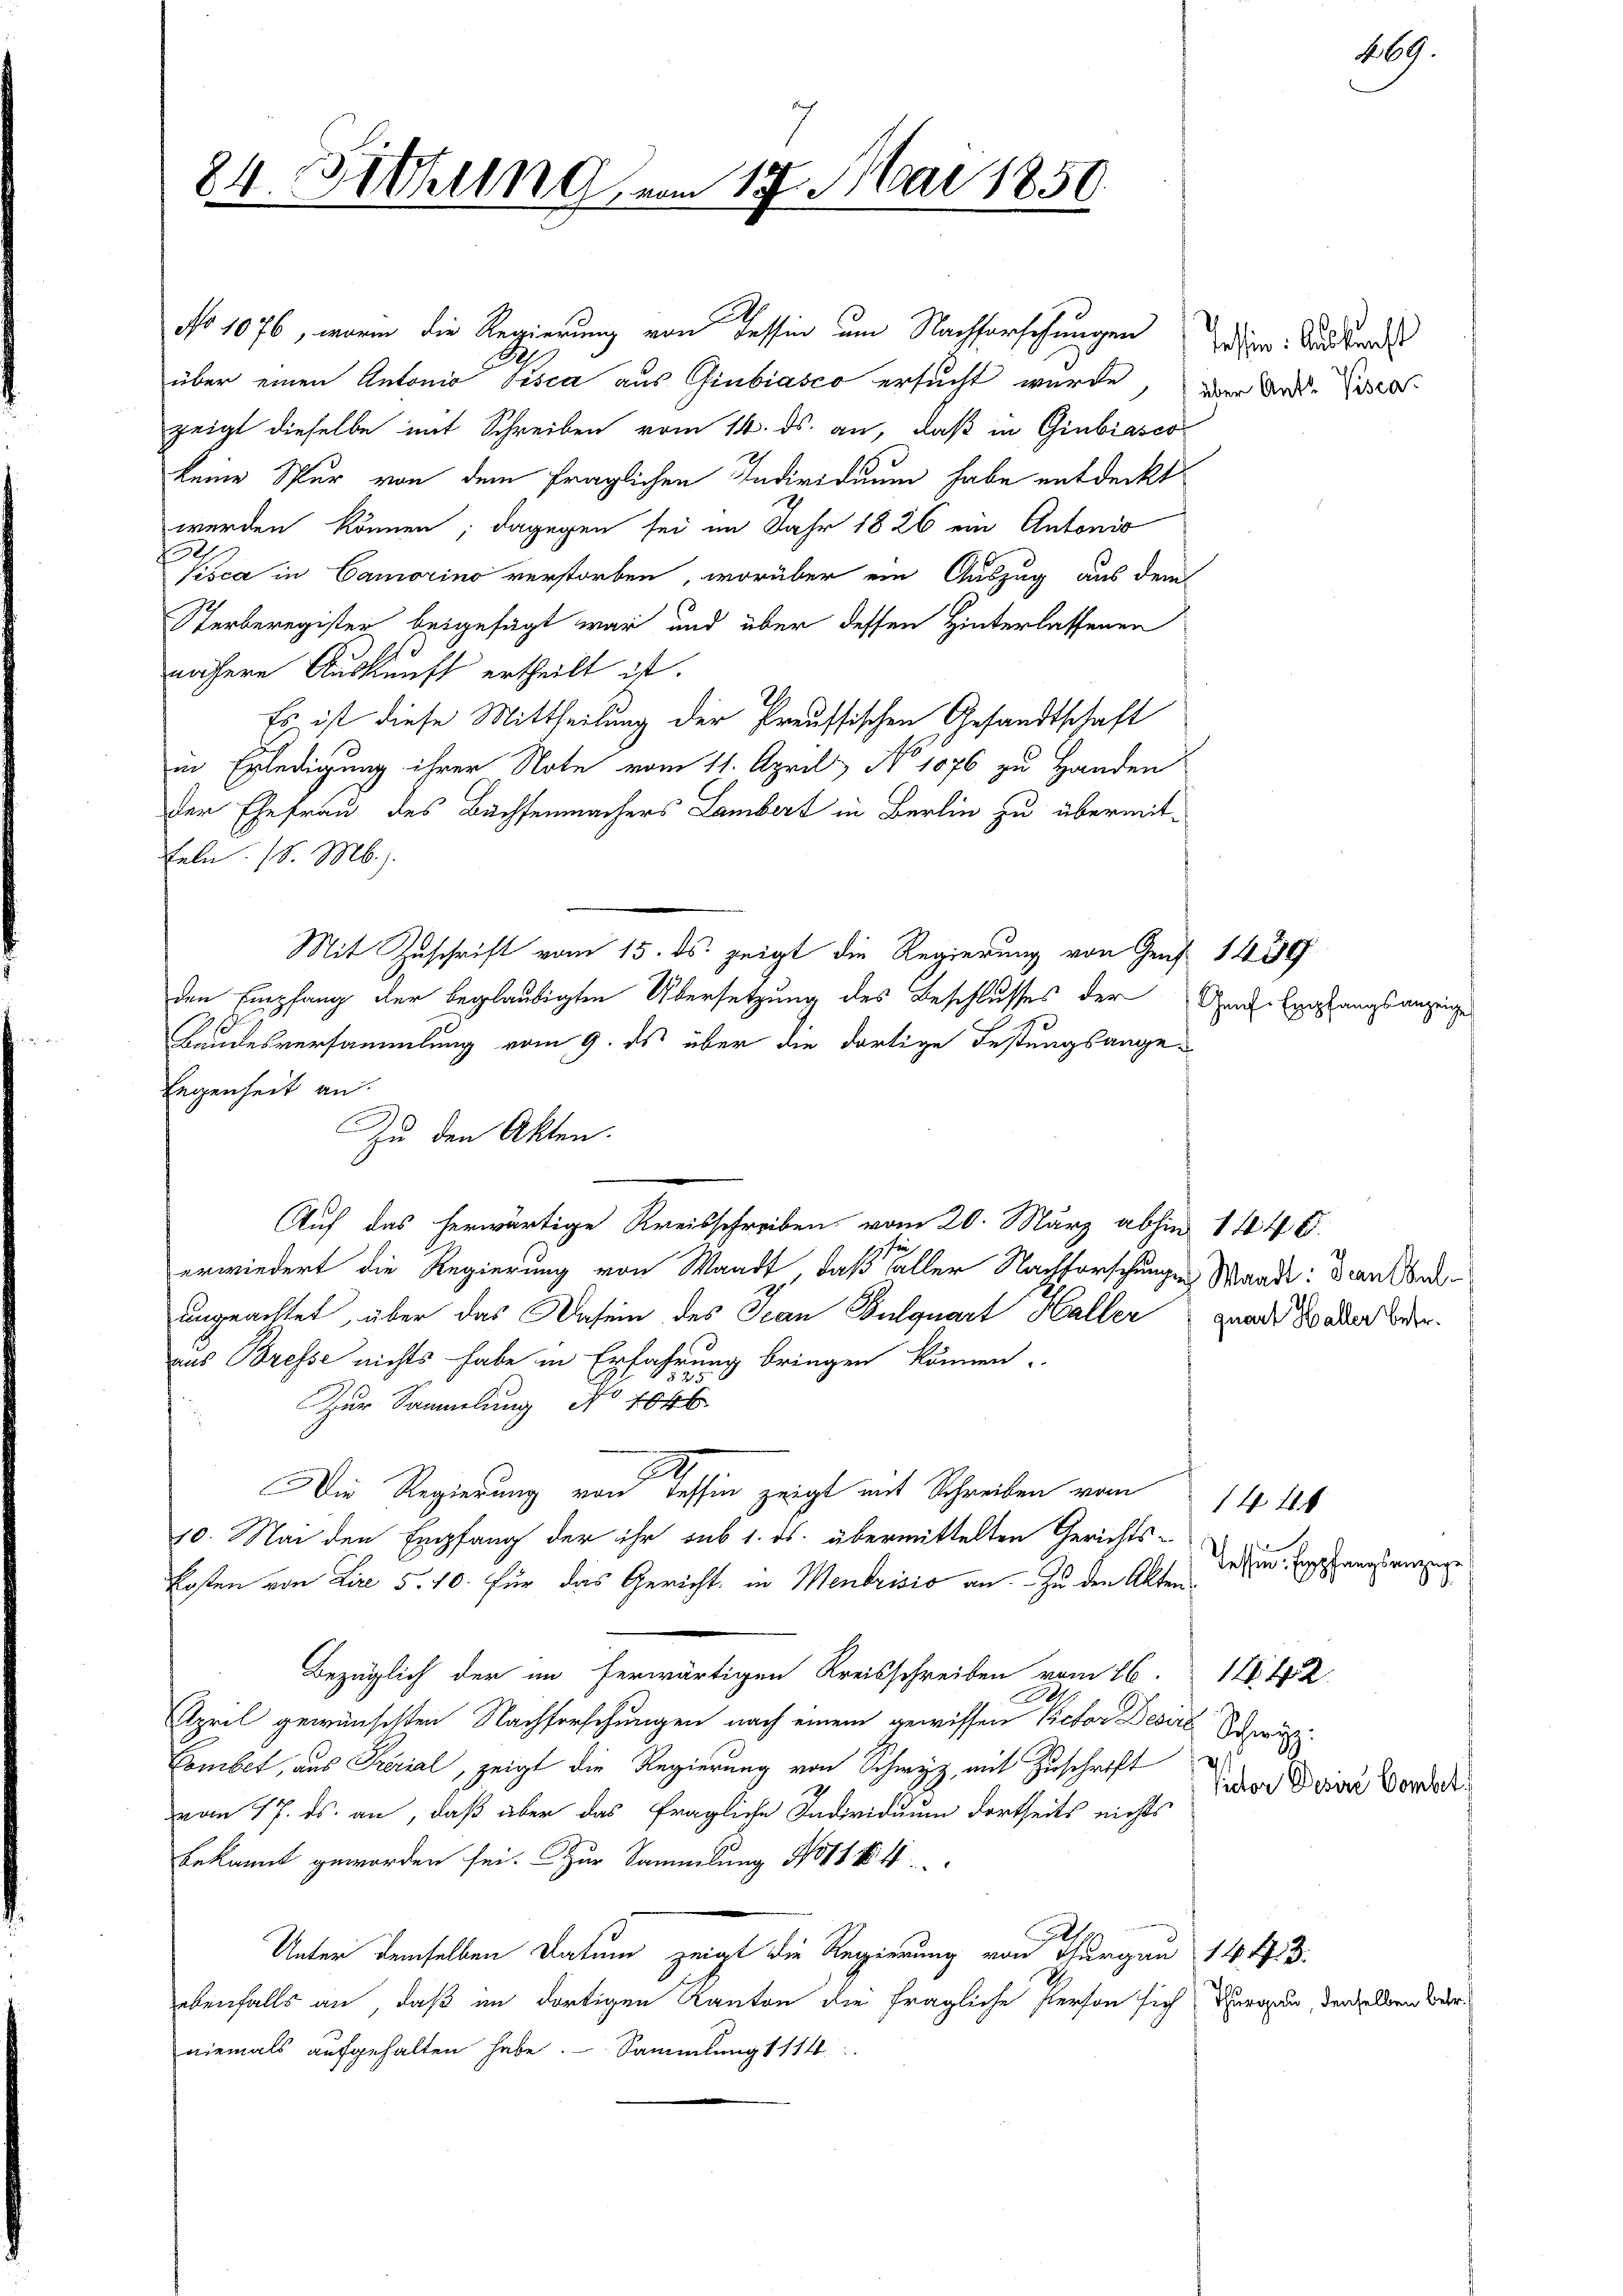
84. Sitzung vom 17. Mai 1850.

2.
No 1076, worin die Regierung von Tessin am Nachforschungen der Abends
1
über einen Antonio Pisca aus Giubiasco ersucht, wurde
zeigt dieselbe mit Schreiben vom 14. ds. an, daß in Giubiasco
keine Spur von dem fraglichen Individuum habe entdeckt
werden können; dagegen sei im Jahr 1826 ein Antonio
Kisca in Camorino verstorben, worüber ein Auszug aus dem
Sterberegister beigefügt war und über dessen Hinterlassenen
nähere Auskunft ertheilt ist.
Es ist diese Mittheilung der Preussischen Gesandtschaft
in Erledigung ihrer Note vom 11. April No 1076 zu Handen
der Ehefrau des Buchsenmachers Lambert in Berlin zu übermitfeln. (S. M.).
Mit Zuschrift vom 15. ds. zeigt die Regierung von Genf 1439
den Empfang der beglaubigten Übersetzung des Beschlusses der Genf Erlangsanzeige
Landesversammlung vom 9. ds über die dortige Festungsangelegenheit an.
Auf das herwärtige Kreisschreiben vom 20. März abhin 1446.
erwiedert die Regierung von Waadt, daß faller Nachforschungen Mande: dran beungeachtet, über das Dasein des Jean Pulquart Haller grad Bader Beeraus Bresse nichts habe in Erfahrung bringen können.
Zur Sammlung No 1046
Die Regierung von Tessin zeigt mit Schreiben vom
.
10. Mai den Empfang der ihr sub 1. ds. übermittelten Gerichts-
Kosten von Lire 5. 10. für das Gericht in Mendrisio an. Zu den Akten
Bezüglich der im herwärtigen Kreisschreiben vom 16. 114 f 2
April gewünschten Nachforschungen nach einem gewissen Rector Desirt Schwur¬
Combet, aus Prerial, zeigt die Regierung von Schwyz, mit Zuschrift
vom 17. ds. an, daß aber das fragliche Individuum dortseits nichts
bekannt geworden sei. Zur Sammlung No 111 4
Unter demselben Datum zeigt die Regierung von Thurgau 1443.
ebenfalls an, daß im dortigen Kanton die fragliche Person sich Thurgau, denselben werniemals aufgehalten habe. Sammlung 1114

Zu den Akten.

über Ant. Visca.

Tessin. Empfangsanzeige

169.

Victor Desine Combet.